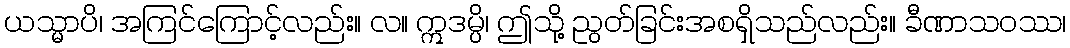
ယသ္မာပိ၊ အကြင်ကြောင့်လည်း။ လ။ ဣဒမ္ပိ၊ ဤသို့ ညွတ်ခြင်းအစရှိသည်လည်း။ ခီဏာသဝဿ၊